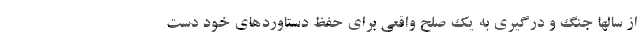
از سالها جنگ و درگیری به یک صلح واقعی برای حفظ دستاوردهای خود دست